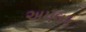
અપલક